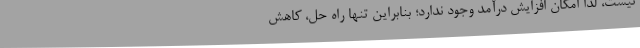
نیست، لذا امکان افزایش درآمد وجود ندارد؛ بنابراین تنها راه ‌حل، کاهش